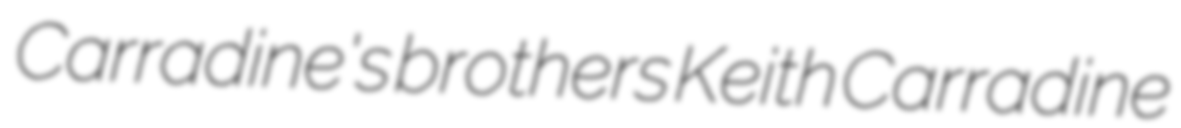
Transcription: Carradine's brothers Keith Carradine